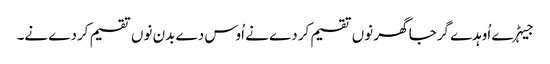
جیہڑے اُوہدے گرجا گھر نوں تقسیم کردے نے اُوس دے بدن نوں تقسیم کردے نے۔